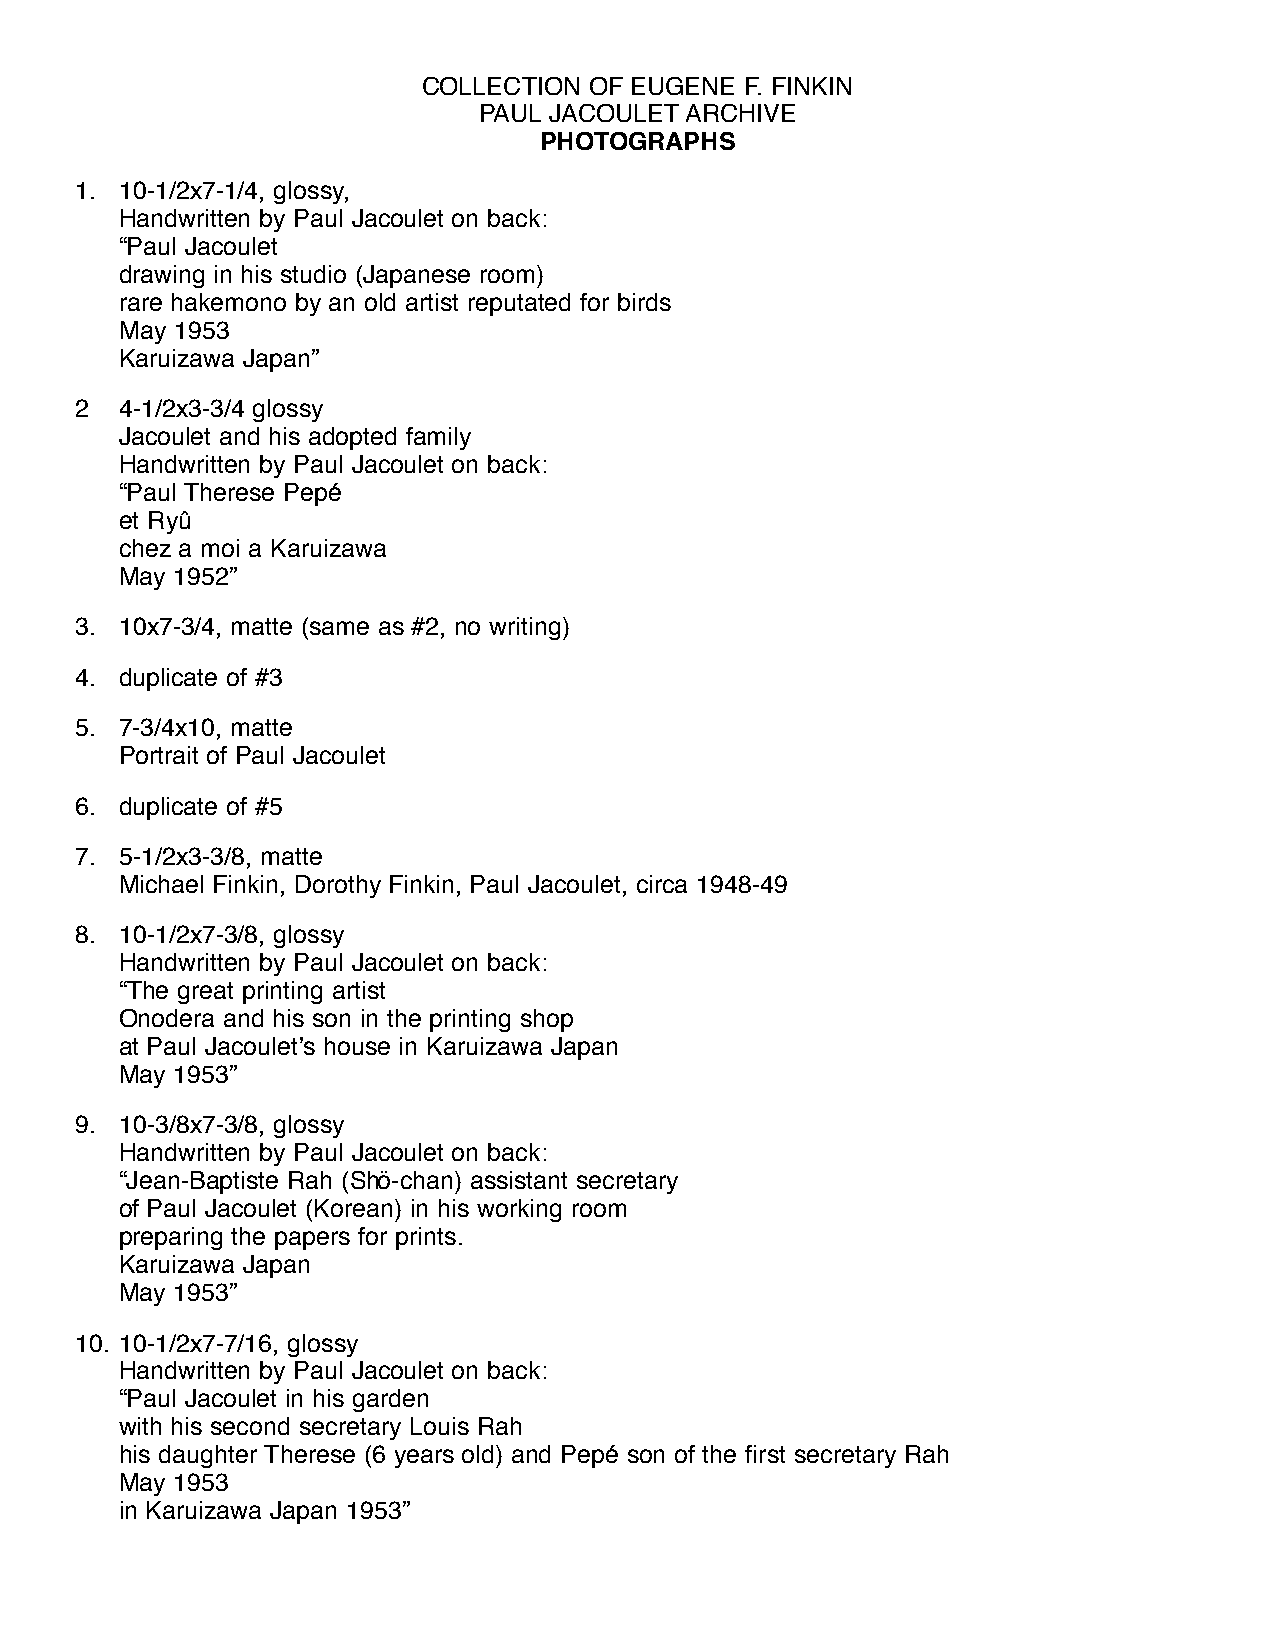
COLLECTION OF EUGENE F. FINKIN
 PAUL JACOULET ARCHIVE
 PHOTOGRAPHS
 1. 10-1/2x7-1/4, glossy,
 Handwritten by Paul Jacoulet on back:
 “Paul Jacoulet
 drawing in his studio (Japanese room)
 rare hakemono by an old artist reputated for birds
 May 1953
 Karuizawa Japan”
 2  4-1/2x3-3/4 glossy
 Jacoulet and his adopted family
 Handwritten by Paul Jacoulet on back:
 “Paul Therese Pepé
 et Ryû
 chez a moi a Karuizawa
 May 1952”
 3. 10x7-3/4, matte (same as #2, no writing)
 4. duplicate of #3
 5. 7-3/4x10, matte
 Portrait of Paul Jacoulet
 6. duplicate of #5
 7. 5-1/2x3-3/8, matte
 Michael Finkin, Dorothy Finkin, Paul Jacoulet, circa 1948-49
 8. 10-1/2x7-3/8, glossy
 Handwritten by Paul Jacoulet on back:
 “The great printing artist
 Onodera and his son in the printing shop
 at Paul Jacoulet’s house in Karuizawa Japan
 May 1953”
 9. 10-3/8x7-3/8, glossy
 Handwritten by Paul Jacoulet on back:
 “Jean-Baptiste Rah (Shö-chan) assistant secretary
 of Paul Jacoulet (Korean) in his working room
 preparing the papers for prints.
 Karuizawa Japan
 May 1953”
 10. 10-1/2x7-7/16, glossy
 Handwritten by Paul Jacoulet on back:
 “Paul Jacoulet in his garden
 with his second secretary Louis Rah
 his daughter Therese (6 years old) and Pepé son of the first secretary Rah
 May 1953
 in Karuizawa Japan 1953”